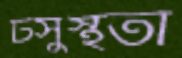
টসুস্থতা